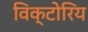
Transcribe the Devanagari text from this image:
विक्टोरिय